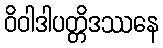
ဝိဝါဒါပတ္တိဒဿနေ